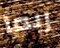
ربما